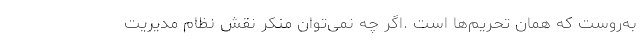
به‌روست که همان تحریم‌ها است .اگر چه نمی‌توان منکر نقش نظام مدیریت